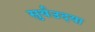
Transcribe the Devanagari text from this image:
सुर्यउदया